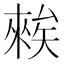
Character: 𥏳